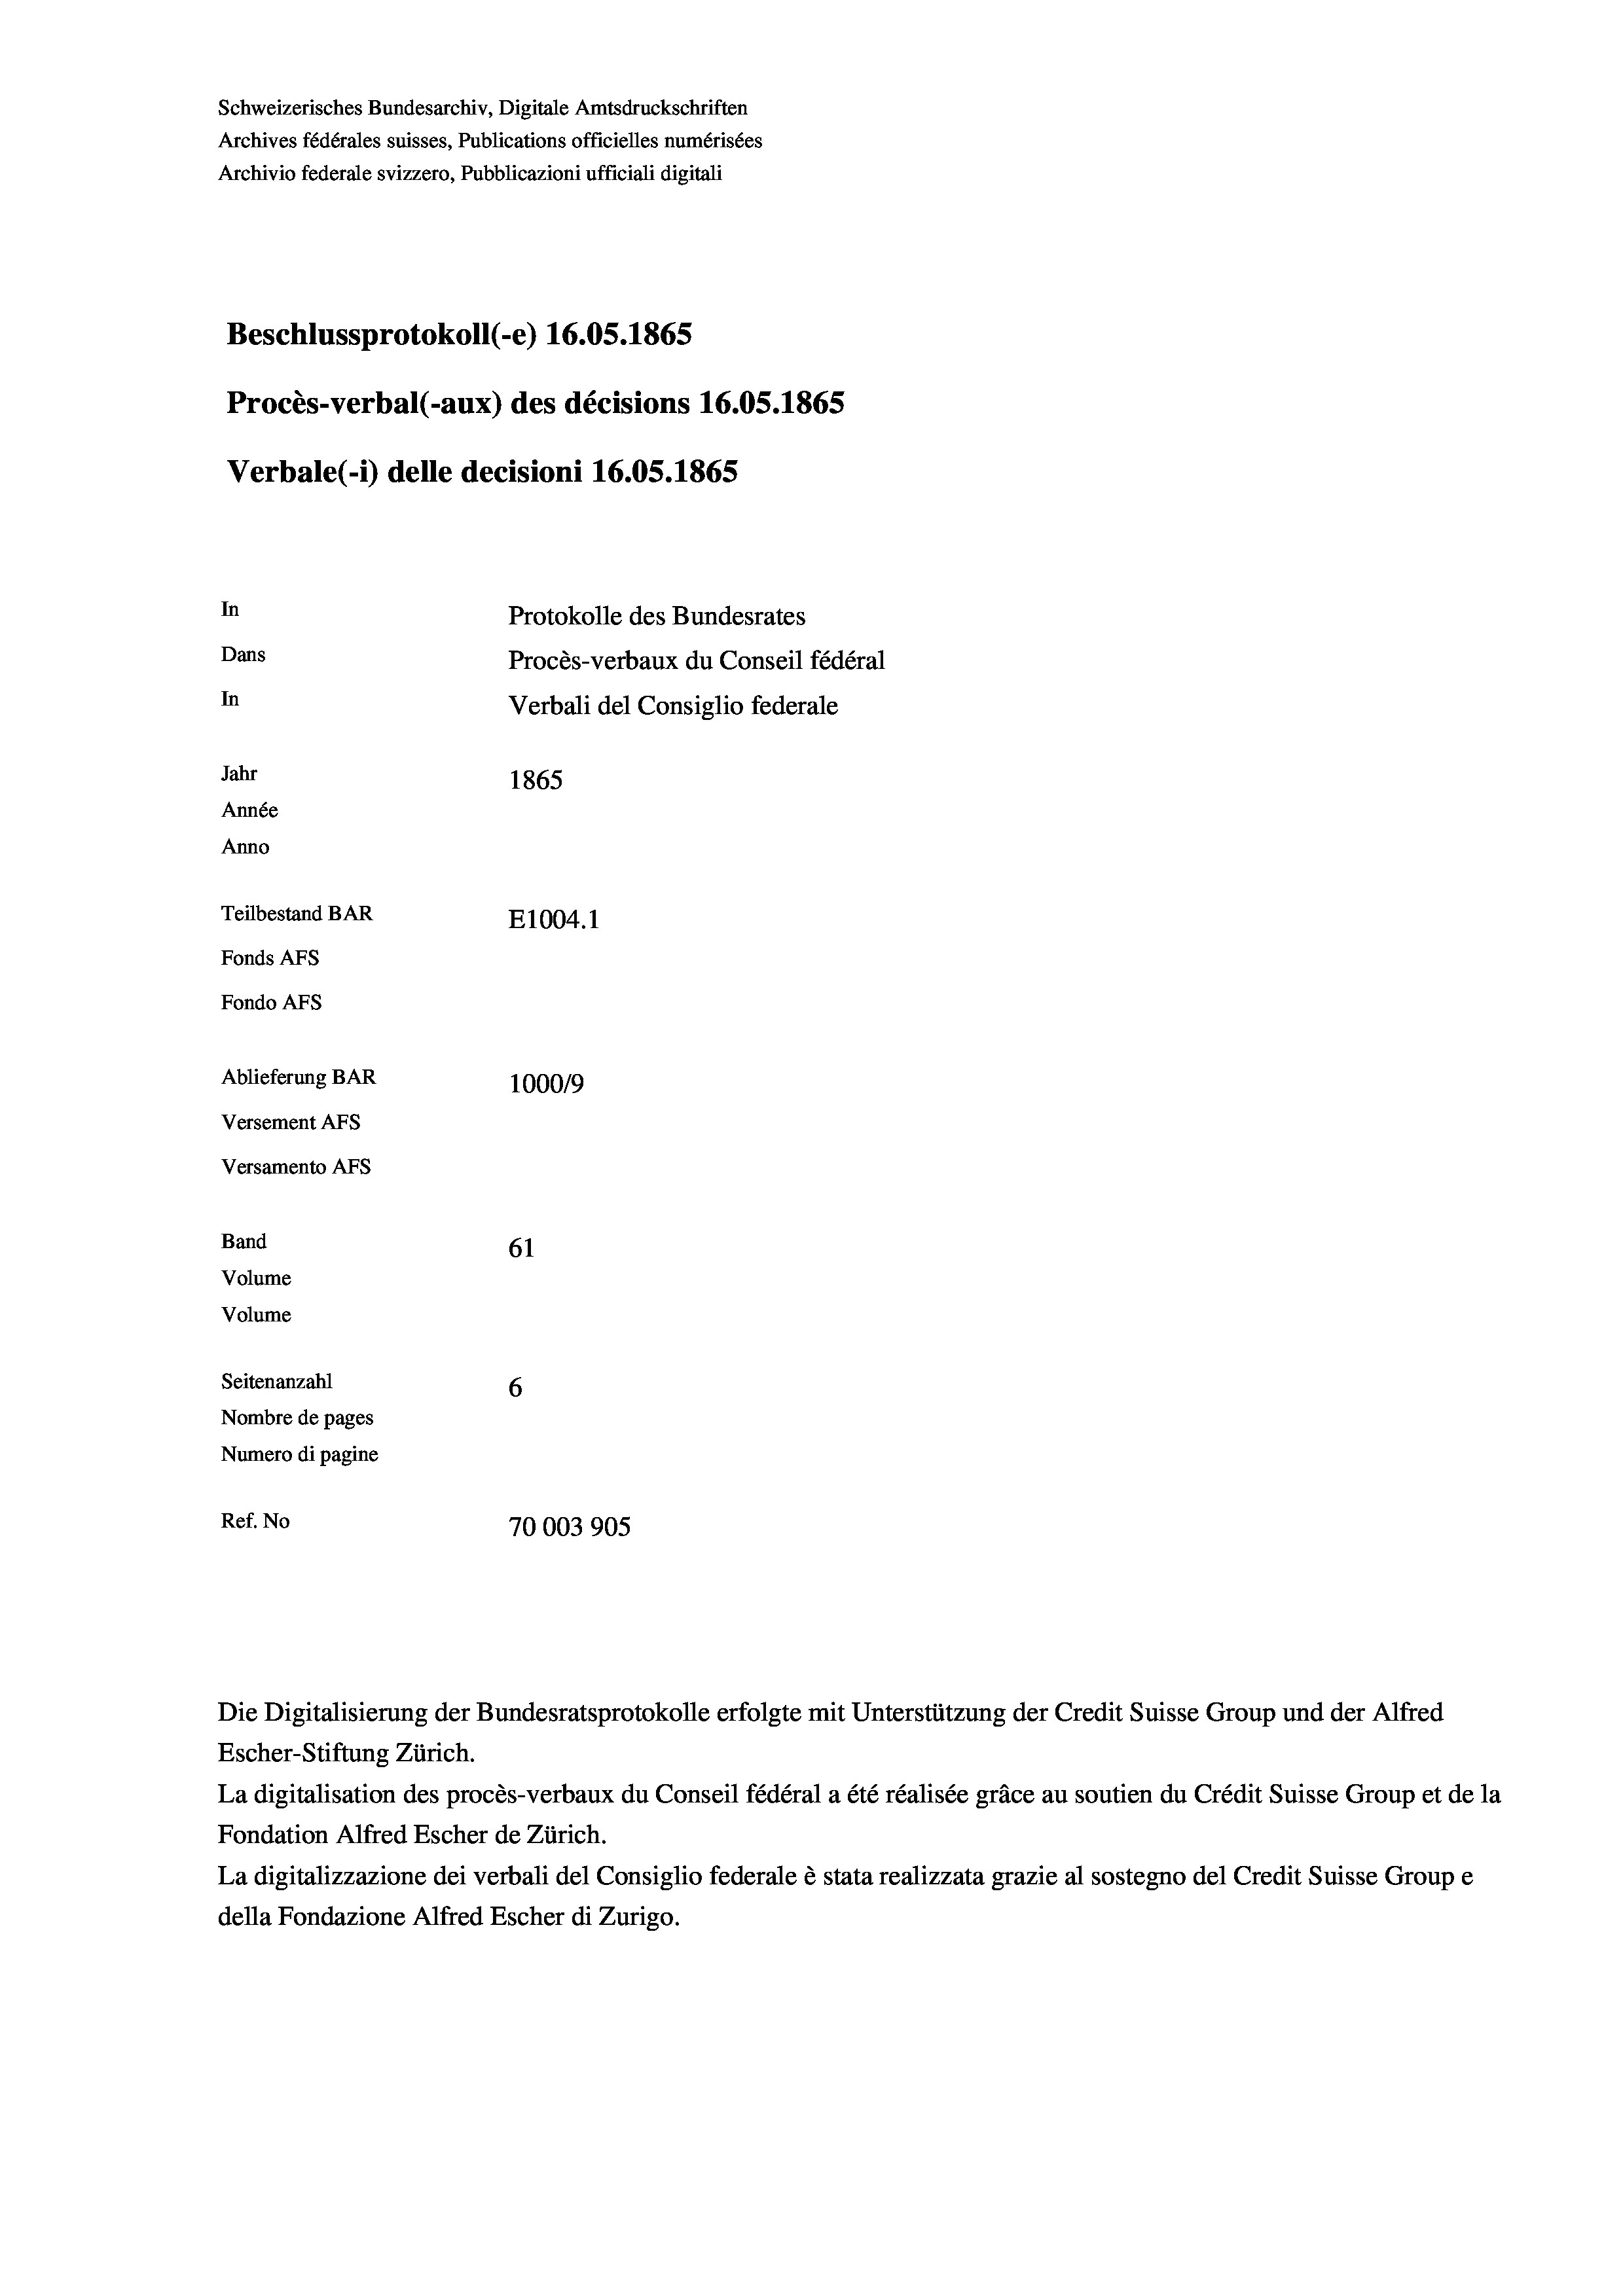
Schweizerisches Bundesarchiv, Digitale Amtsdruckschriften
Archives fédérales suisses, Publications officielles numérisées
Archivio federale svizzero, Pubblicazioni ufficiali digitali
Beschlussprotokoll (-e) 16.05. 1865
Procès-verbal (-aux) des décisions 16.05. 1865
Verbale (1) delle decisioni 16.05. 1865
In
Protokolle des Bundesrates
Dans
Procès-verbaux du Conseil fédéral
In
Verbali del Consiglio federale
Jahr
1865
Année
Anno
Teilbestand BAR
E1004.1
Fonds AFs
Fondo AFs
Ablieferung BAR
100019
Versement Abs
Versamento Afs
Band
61
Volume
Volume

Seitenanzahl
6
Nombre de pages
Numero di pagine
Ref. No
70003905

Escher-Stiftung Zürich.
La digitalisation des procès-verbaux du Conseil fédéral a été réalisée gräce au soutien du Crédit Suisse Group et de la
Fondation Alfred Escher de Zürich.
La digitalizzazione dei verbali del Consiglio federale è stata realizzata grazie al sostegno del Credit Suisse Groupe
della Fondazione Alfred Escher di Zurigo.

Die Digitalisierung der Bundesratsprotokolle erfolgte mit Unterstützung der Credit Suisse Group und der Alfred